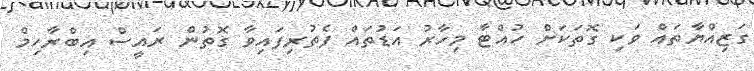
ގަޒިއްޔާތައް ވަކި ގޮތަކަށް ހުއްޓާ މިހާރު އަޑުތައް ފެތުރިފައިވާ ގޮތުން ރައީސް އިބްރާހިމް